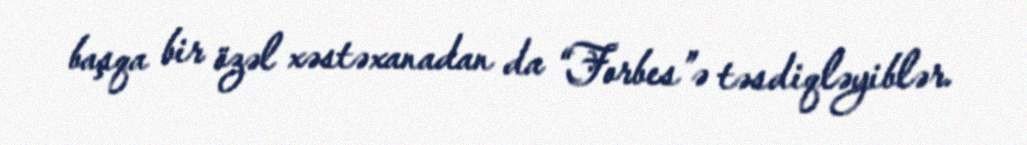
başqa bir özəl xəstəxanadan da “Forbes”ə təsdiqləyiblər.